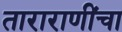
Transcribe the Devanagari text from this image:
ताराराणींचा